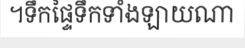
។ទឹកផ្ទៃទឹកទាំងឡាយណា